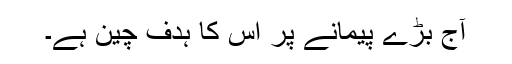
آج بڑے پیمانے پر اس کا ہدف چین ہے۔